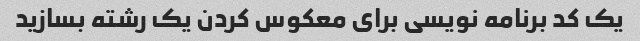
یک کد برنامه نویسی برای معکوس کردن یک رشته بسازید